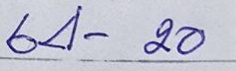
64 - 20